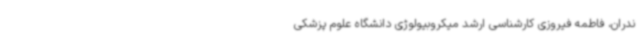
ندران، فاطمه فیروزی کارشناسی ارشد میکروبیولوژی دانشگاه علوم پزشکی